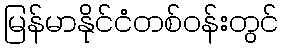
မြန်မာနိုင်ငံတစ်ဝန်းတွင်